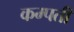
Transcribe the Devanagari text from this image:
कम्पती